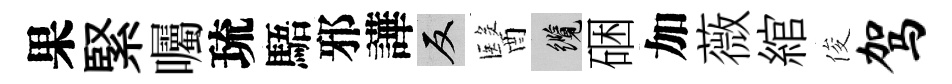
果緊囑琉䮏邪譁反醫纜硱加薇綰俊驾